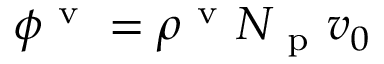
\phi ^ { \mathrm { ~ v ~ } } = \rho ^ { \mathrm { ~ v ~ } } N _ { \mathrm { ~ p ~ } } v _ { 0 }